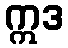
ဣဒ